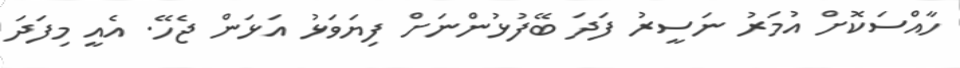
ހާއްސަކޮށް އުމަރު ނަސީރު ފަދަ ބޭފުޅުންނަށް ފިޔަވަޅު އަޅަން ޖެހޭ. އެއީ މިފަދަ